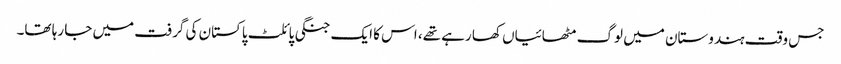
جس وقت ہندوستان میں لوگ مٹھائیاں کھا رہے تھے، اس کا ایک جنگی پائلٹ پاکستان کی گرفت میں جا رہا تھا۔